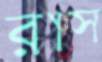
রাস